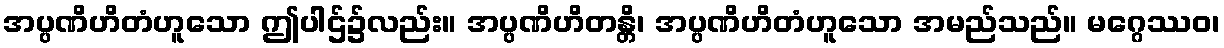
အပ္ပဏိဟိတံဟူသော ဤပါဌ်၌လည်း။ အပ္ပဏိဟိတန္တိ၊ အပ္ပဏိဟိတံဟူသော အမည်သည်။ မဂ္ဂေဿဝ၊